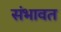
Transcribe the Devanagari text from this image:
संभावत